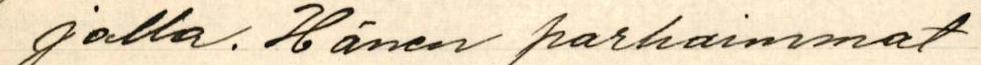
jalla. Hänen parhaimmat